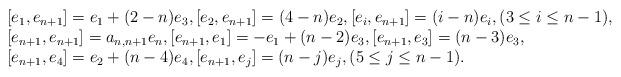
LaTeX: \begin{align*}\begin{array}{l}\displaystyle [e_1,e_{n+1}]=e_1+(2-n)e_3,[e_2,e_{n+1}]=(4-n)e_2,[e_{i},e_{n+1}]=(i-n)e_{i},(3\leq i\leq n-1),\\\displaystyle [e_{n+1},e_{n+1}]=a_{n,n+1}e_n,[e_{n+1},e_1]=-e_1+(n-2)e_3,[e_{n+1},e_3]=(n-3)e_3,\\\displaystyle [e_{n+1},e_4]=e_2+(n-4)e_4, [e_{n+1},e_j]=(n-j)e_j,(5\leq j\leq n-1). \end{array} \end{align*}